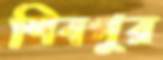
শিবপুর